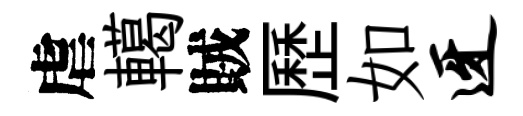
虐轕賊歷如迓